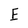
Character: E